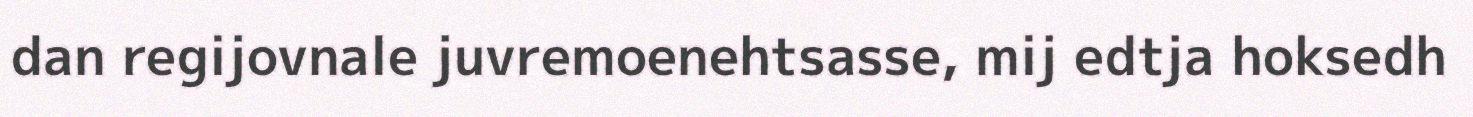
dan regijovnale juvremoenehtsasse, mij edtja hoksedh